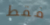
فقط